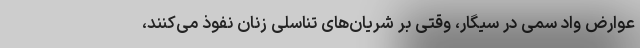
عوارض واد سمی در سیگار، وقتی بر شریان‌های تناسلی زنان نفوذ می‌کنند،